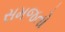
સમજતો